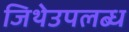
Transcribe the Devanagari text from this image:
जिथेउपलब्ध